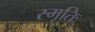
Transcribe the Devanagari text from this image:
स्मृतिः